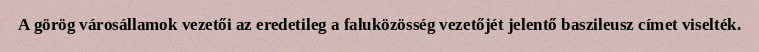
A görög városállamok vezetői az eredetileg a faluközösség vezetőjét jelentő baszileusz címet viselték.